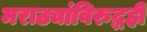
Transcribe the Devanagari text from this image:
मराठ्यांविरुद्धही